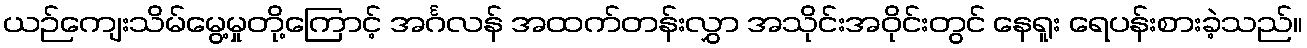
ယဉ်ကျေးသိမ်မွေ့မှုတို့ကြောင့် အင်္ဂလန် အထက်တန်းလွှာ အသိုင်းအဝိုင်းတွင် နေရူး ရေပန်းစားခဲ့သည်။